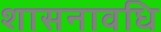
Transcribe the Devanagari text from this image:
शासनावधि